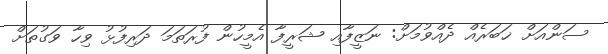
ސަންއަށް ޚަބަރެއް ދެއްވުމަށް: ނަޒީފާއި ޝަރީފާ އެމީހުން ފުރަތަމަ ދަރިފުޅު ވިހާ ވަގުތަށް